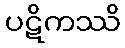
ပဋိကဿိ